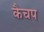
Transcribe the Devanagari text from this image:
कैचप